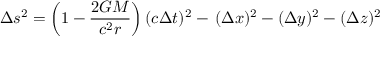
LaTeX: \Delta s ^ { 2 } = \left( 1 - { \frac { 2 G M } { c ^ { 2 } r } } \right) ( c \Delta t ) ^ { 2 } - \, ( \Delta x ) ^ { 2 } - ( \Delta y ) ^ { 2 } - ( \Delta z ) ^ { 2 }